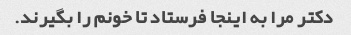
دکتر مرا به اینجا فرستاد تا خونم را بگیرند.